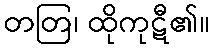
တတြ၊ ထိုကုဋီ၏။